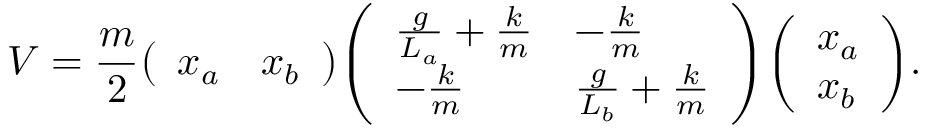
V = { \frac { m } { 2 } } { \left( \begin{array} { l l } { x _ { a } } & { x _ { b } } \end{array} \right) } { \left( \begin{array} { l l } { { \frac { g } { L _ { a } } } + { \frac { k } { m } } } & { - { \frac { k } { m } } } \\ { - { \frac { k } { m } } } & { { \frac { g } { L _ { b } } } + { \frac { k } { m } } } \end{array} \right) } { \left( \begin{array} { l } { x _ { a } } \\ { x _ { b } } \end{array} \right) } .